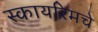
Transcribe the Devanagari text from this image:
स्कायरिमचे